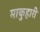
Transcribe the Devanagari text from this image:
माकुहारी